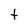
Character: t